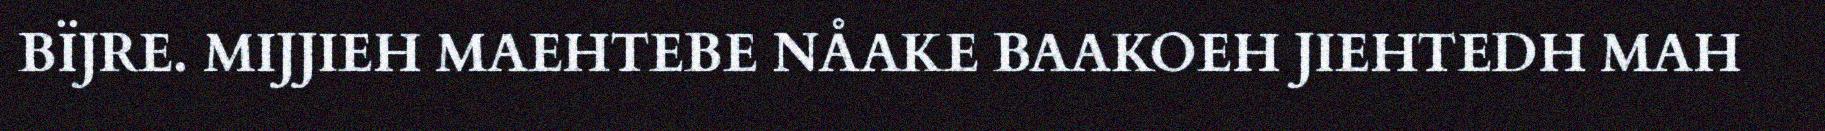
BÏJRE. MIJJIEH MAEHTEBE NÅAKE BAAKOEH JIEHTEDH MAH